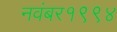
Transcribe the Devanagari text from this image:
नवंबर१९९४